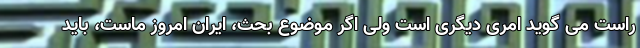
راست می گوید امری دیگری است ولی اگر موضوع بحث، ایران امروز ماست، باید